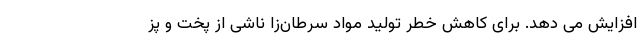
افزایش می دهد. برای کاهش خطر تولید مواد سرطان‌زا ناشی از پخت و پز